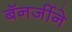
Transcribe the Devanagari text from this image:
बॅनर्जीने